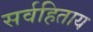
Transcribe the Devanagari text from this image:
सर्वहिताय